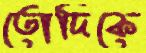
তোদিকে